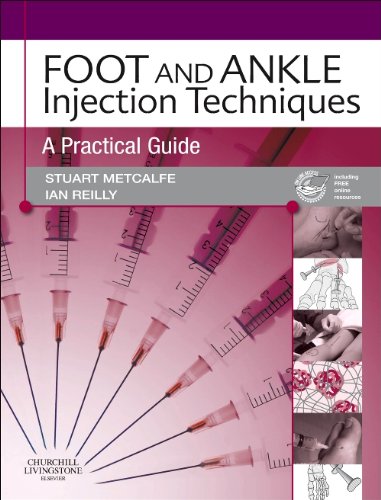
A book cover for Foot and Ankle Injection Techniques: A Practical Guide, 1e; Stuart Metcalfe FPodA  FCPodS; Medical Books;